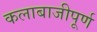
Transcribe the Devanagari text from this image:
कलाबाजीपूर्ण